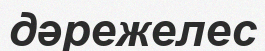
дәрежелес